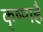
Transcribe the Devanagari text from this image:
कृष्णहै